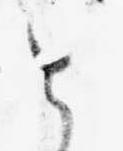
と